Punjab Mental Hospital Lahore 1922-31 - 1922-1931
Year: 1922
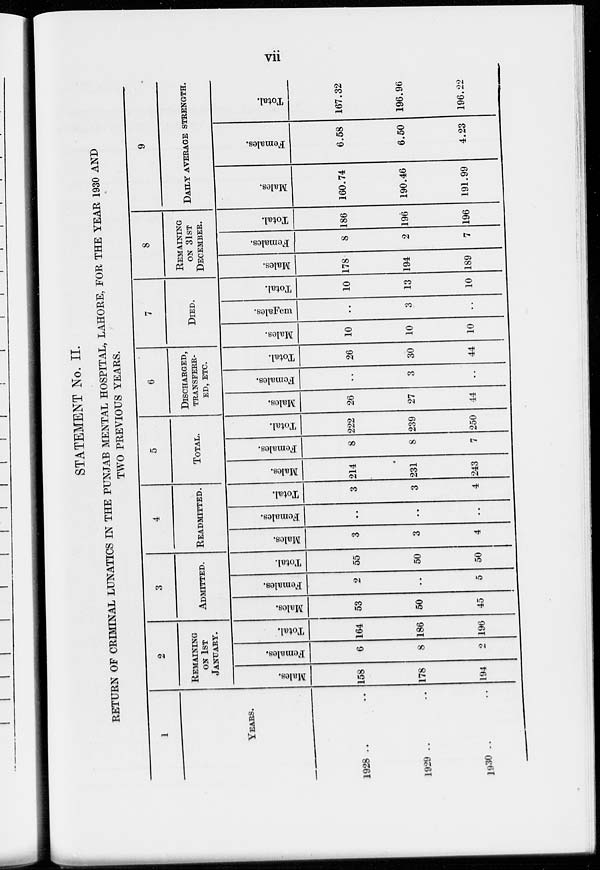
vii
STATEMENT No. II.
RETURN OF CRIMINAL LUNATICS IN THE PUNJAB MENTAL HOSPITAL, LAHORE, FOR THE YEAR 1930 AND
TWO PREVIOUS YEARS.
1
YEARS.
1928 ..
1929 ..
1930 ..
2
REMAINING
ON 1ST
JANUARY.
Males.
158
178
194
Females.
6
8
2
Total.
164
186
196
3
ADMITTED.
Males.
53
50
45
Females.
2
..
5
Total.
55
50
50
4
READMITTED.
Males.
3
3
4
Females.
..
..
..
Total.
3
3
4
5
TOTAL.
Males.
214
231
243
Females.
8
8
7
Tot al .
222
239
250
6
DISCHARGED,
----------
--, ETC.
Males.
26
27
44
Females.
..
3
..
Total.
26
30
44
7
DIED.
Males.
10
10
10
Females.
..
3
..
Total.
10
13
10
8
REMAINING
ON 31ST
DECEMBER.
Males.
178
194
189
Females.
8
2
7
Total.
186
196
196
9
DAILY AVERAGE STRENGTH.
Males.
160.74
190.46
191.99
Females.
6.58
6.50
4.23
Total.
167.32
196.96
196.22